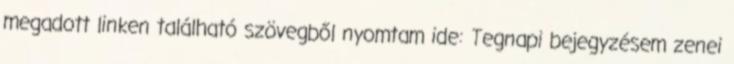
megadott linken található szövegből nyomtam ide: Tegnapi bejegyzésem zenei